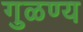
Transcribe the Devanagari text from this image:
गुळण्य